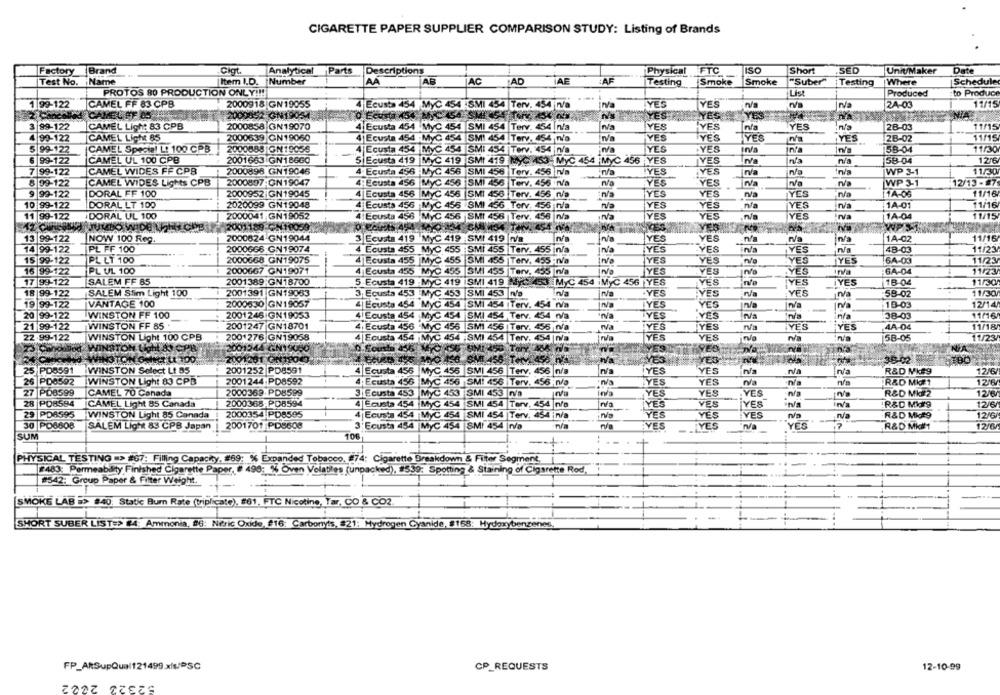
CIGARETTE PAPER SUPPLIER COMPARISON STUDY: Listing of Brands
Factory Brand
Analytical Parts
Physical FTC
Short
ASED
Unit/Maker
Date
Cigt
Descriptions
Test No. Name
Item I.D. Number
AA
AF
AC
AD
AE
AF
Testing
Smoke
Smoke
"Suber"
Testing
Where
Schedule
PROTOS 80 PRODUCTION ONLY !!!
Lis
Produced
to Produce
1 99-122
CAMEL FF 83 CPB
2000918 GN19055
YES
YES
2A-03
11/15
4 Ecusta 454 MyC 454 .SMI 454 Terv. 454 n/a
CAMEL FF 05
2000052-GN19054
YES
YES
NIA
3 99-122
CAMEL Ligh: 83 CPB
2000858 GN19070
4 Ecusta 454 MyC 454 SMI 454 |Terv. 454 In/a
YES
YES
n/a
YES
28-03
11/15
4 99-122
CAMEL Light 85
2000639 GN19060
4 Ecusta 454 MyC 454 SMI 4
Terv. 454 W's
YES
YES
YES
YES
28-02
11/15
5 99-122
CAMEL Special L! 100 CPB
2000888 |GN19058
4 Ecusta 454 MyC
Terv. 454 |n/a
n/a
YES
.YES
IN
n/a
58-04
11/30
6 99-122
CAMEL UL 100 CPB
2001663 GN186GO
5 Ecusta 419
CAS3-MyC 454 |MyC 456 YES
YES
nis
58-04
12/6
19 SMI 4
7 99-122
CAMEL WIDES FF CPB
2000898 GN19046
4 Ecusta 456 MyC
56 SMI 456 Terv. 456 N/a
İYES
YES
n/a
WP 3-1
11/30
8 99-122
CAMEL WIDES Lights CPB
2000897-CN19047
4: Ecusta 456 MyC 456 SMI 456 Terv. 456 rVa
YES
YES
Na
WP 3-1
12/13 -87
9 99-122
DORAL FF 100
2000952 GN19045
4 Ecusta 456 MyC
56 SMI 45
Terv. 456 n/a
YES
YES
Iva
YES
11A-06
11/16
10 99-122
DORAL LT 100
2020099 GN19048
4 Ecusta 456 M
56 SMI
56 Terv, 456 n/a
YES
YES
n/a
YES
1A-01
11/16
11 99-122
DORAL UL 100
2000041 GN19052
4| Ecusta 456 M
456 SMI 45
Terv. 456 n/a
rva
YES
YES
YES
1A-04
11/15
JUMBO WIDE L
2001189 CH19059
11/16
13 99-122
NOW 100 Reg.
2000624 GN19044
3 Ecusta 419 MyC 419 SMI 419
YES
YES
1A-02
14 99-122
PL FF 100
2000668 GN19074
4 Ecusta 455 MyC
SMI 455 Terv. 455 n/a
YES
"VES
YES
48-03
11/23
15 99-122
PL LT 100
2000668 GN19075
4 Ecusta 455
55 SMI 455 |Terv. 455 -n/a
YES
YES
YES
YES
64-03
11/23
16 99-122
PL UL 100
2000667 GN19071
4 Ecusta 455 MY
SM
455
Terv. 455 |n/a
Na
YES
VES
YES
Inva
GA-04
11/23
17 99-122
SALEM FF 85
2001389 GN18700
5 Ecusta 419 My
19 SM
119
3 MyC 454 |MyC 456 YES
VES
YES
YES
18-04
11/30
SALEM Stim Light 100
3, Ecusta
53
453
.YES
İYES
YES
11/30
18 99-122
2001391 GN19083
53 SM
N/a
58-02
19 99-122
VANTAGE 100
2000530 GN19057
4 Ecusta 4
54 M
54 SMI
154 |Terv. 454 rva
IYES
YES
WE
18-03
12/14
20 99-122
WINSTON FF 100
2001246 GN19053
4 Ecusta 454 MyC
C 454 SMI 454 Terv. 454 n/a
TYES
:YES
n/a
38-03
11/16
21 99-122
WINSTON FF 85 .
2001247 GN18701
4, Ecusta 456 MyC 456 |SMI 456 |Terv. 456 n/a
rva
TYES
YES
IYES
YES
4A-04
11/18/
22.99-122
WINSTON Light 100 CPB
2001276 GN19058
4 Ecusta 454 MyC 454 ; SMI 454 |Terv. 454 |n/a
¡n/a
YES
YES
N/a
58-05
11/23
WINSTON Light As Cr
2001544 GN19060
YES!
WING
2001201 ON1905
TON
EYE3
YES
38-02
WINSTON Select Lt 85
2001252 PD8591
25 PD8591
4 Ecusta 456 MyC 455 SMI 456 |Terv. 456 |n/a
YES
YES
Na
R&D Mk#9
12/6/
26 PD0592
WINSTON Light 83 CPB
2001244 PD8592
4 Ecusta 456 MyC 456 SMI 456 |Terv. 456;n/a
YES
YES
n/a
R&D MKE1
12/6
27 PD8599
CAMEL 70 Canada
2000369-PD8599
3 Ecusta 453 MyC 453 SMI 453 7/a
YES
YES
YES
n/a
R&D Mi#2
12/6
28 PO8594
CAMEL Light 85 Canada
2000368-PD8594
Na
YES
YES
R&D Mir9
12/6/
4 Ecusta 454 MyC 454 SMI 454 |Torv. 454 |n/p
YES
29 PD6595
WINSTON Light 85 Canada
2000354 PD8595
4 Ecusta 454 MyC 454 SMI 454 |Terv. 454 :n/a
YES
YES
YES
R&D Mit9
12/6
2001701 PD8608
·n/a
30 PO6608
SALEM Light 83 CPB Japan
3'Ecusta 454 |MyC 454 SMI 454 |n/a
YES
__ LYES
YES
R&D Miatt
12/6
SUM
10
1.
PHYSICAL TESTING => #67: Filling Capacity. #69: % Expanded Tobacco. #74; Cigarette Breakdown & Filter Segment,
[2483: Permeability Finished Cigarette Paper, # 496: % Oven Volatiles (unpacked), 1599: Spotting & Staining of Cigarette Rod.
#542: Group Paper & Filter Weight.
SMOKE LAB #> 840. Static Bum Rate (triplicate). #61, FTC Nicotine, Tar, CO & CO2.
SHORT SUBER LIST=> 4: Ammonia, #6: Neric Oxide, #16: Carbonyts, 21: Hydrogen Cyanide, #168: Hydoxybenzenes.
CP_REQUESTS
12-10-99
FP_ARSupQual121499.xls/DSC
52323 2022